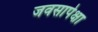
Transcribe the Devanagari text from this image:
जवसापेक्षा